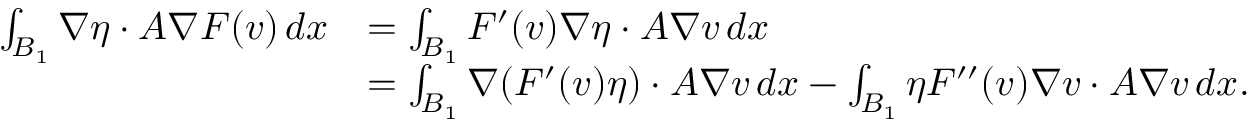
\begin{array} { r l } { \int _ { B _ { 1 } } \nabla \eta \cdot A \nabla F ( v ) \, d x } & { = \int _ { B _ { 1 } } F ^ { \prime } ( v ) \nabla \eta \cdot A \nabla v \, d x } \\ & { = \int _ { B _ { 1 } } \nabla ( F ^ { \prime } ( v ) \eta ) \cdot A \nabla v \, d x - \int _ { B _ { 1 } } \eta F ^ { \prime \prime } ( v ) \nabla v \cdot A \nabla v \, d x . } \end{array}